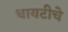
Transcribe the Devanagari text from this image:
धायटीचे